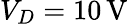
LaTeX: V_{D}=10\, \mathrm{V}